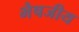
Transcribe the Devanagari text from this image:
भैषजीय